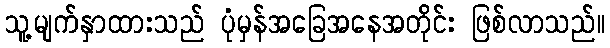
သူ့မျက်နှာထားသည် ပုံမှန်အခြေအနေအတိုင်း ဖြစ်လာသည်။